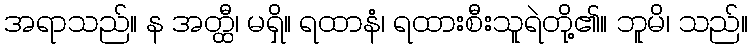
အရာသည်။ န အတ္ထီ၊ မရှိ။ ရထာနံ၊ ရထားစီးသူရဲတို့၏။ ဘူမိ၊ သည်။